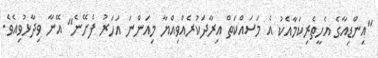
"އިންޑިއާގެ އެހީތެރިކަމާއެކު އެ މަސައްކަތް އިރާދަކުރެއްވިއްޔާ މިއަންނަ އަހަރު ފެށޭނެ" އޭނާ ވިދާޅުވިއެވެ.